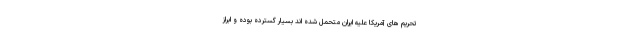
تحریم های آمریکا علیه ایران متحمل شده اند بسیار گسترده بوده و ابراز